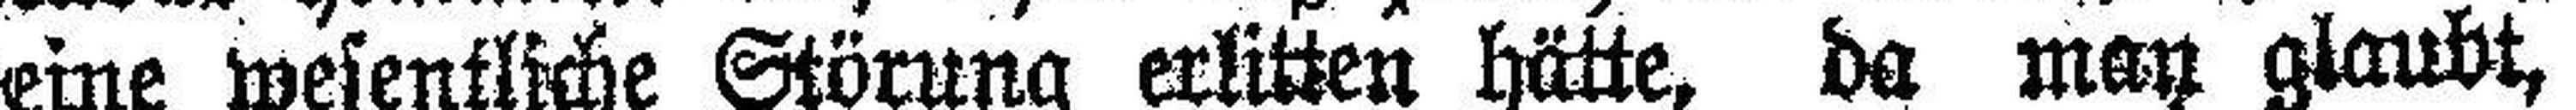
eine wesentliche Störung erlitten hätte, da man glaubt,